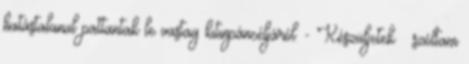
hatástalanul pattantak le vastag kitinpáncéljáról. - Készüljetek – szóltam